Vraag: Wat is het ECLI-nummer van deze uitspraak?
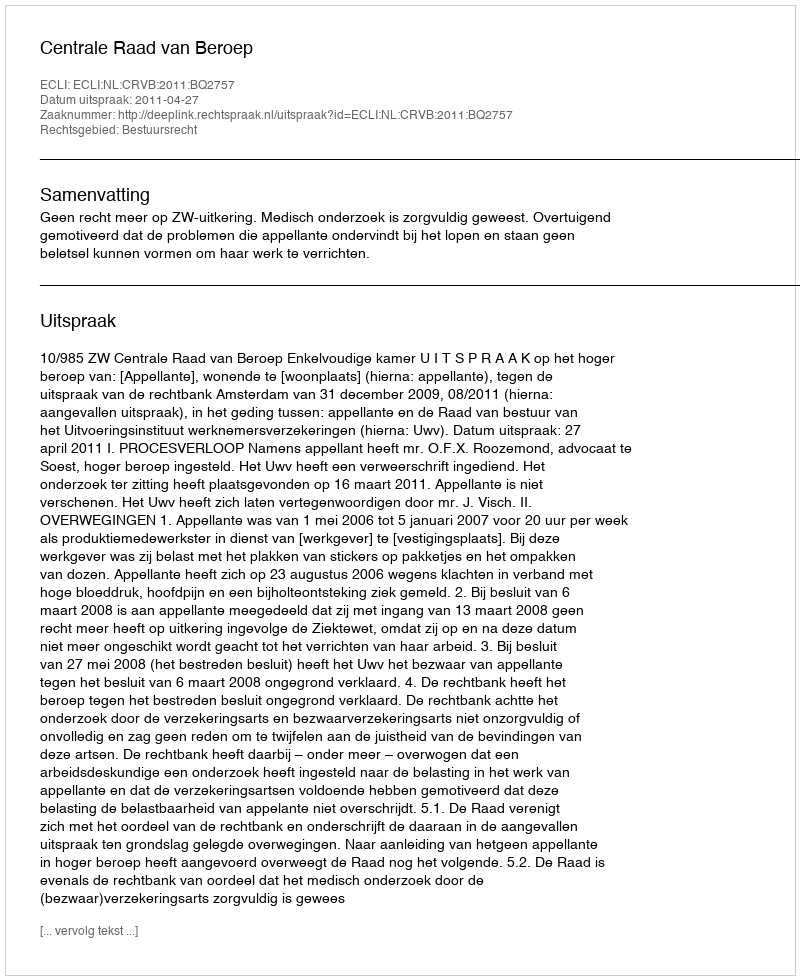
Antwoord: ECLI:NL:CRVB:2011:BQ2757